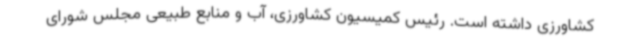
کشاورزی داشته است. رئیس کمیسیون کشاورزی، آب و منابع طبیعی مجلس شورای